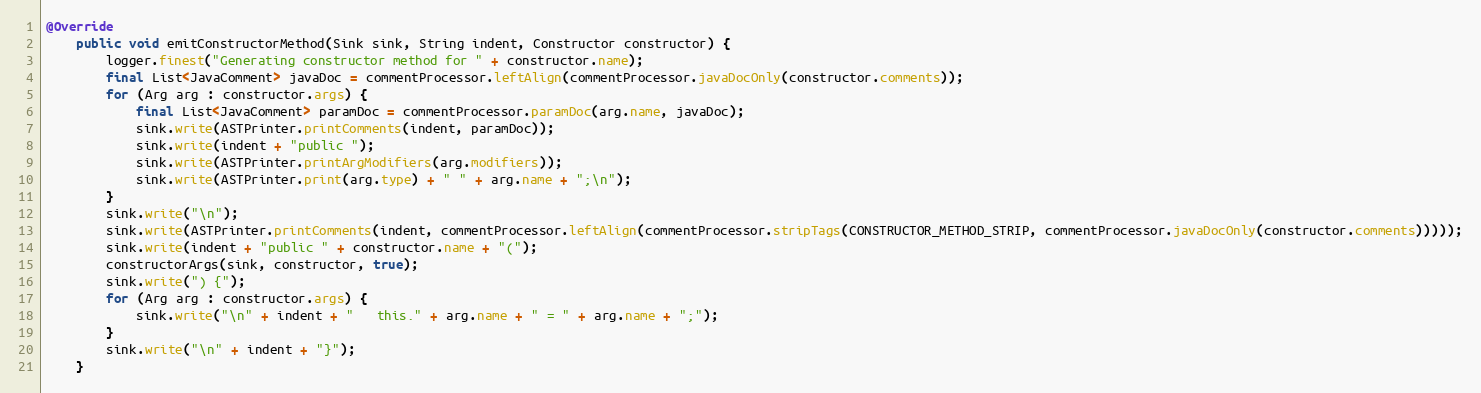
Language: Java
@Override
    public void emitConstructorMethod(Sink sink, String indent, Constructor constructor) {
    	logger.finest("Generating constructor method for " + constructor.name);
    	final List<JavaComment> javaDoc = commentProcessor.leftAlign(commentProcessor.javaDocOnly(constructor.comments));
    	for (Arg arg : constructor.args) {
    	    final List<JavaComment> paramDoc = commentProcessor.paramDoc(arg.name, javaDoc);
    	    sink.write(ASTPrinter.printComments(indent, paramDoc));
            sink.write(indent + "public ");
            sink.write(ASTPrinter.printArgModifiers(arg.modifiers));
            sink.write(ASTPrinter.print(arg.type) + " " + arg.name + ";\n");
        }
    	sink.write("\n");
        sink.write(ASTPrinter.printComments(indent, commentProcessor.leftAlign(commentProcessor.stripTags(CONSTRUCTOR_METHOD_STRIP, commentProcessor.javaDocOnly(constructor.comments)))));
        sink.write(indent + "public " + constructor.name + "(");
        constructorArgs(sink, constructor, true);
        sink.write(") {");
        for (Arg arg : constructor.args) {
            sink.write("\n" + indent + "   this." + arg.name + " = " + arg.name + ";");
        }
        sink.write("\n" + indent + "}");
    }